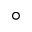
^ { \circ }